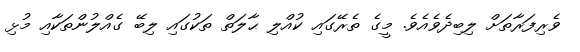
ވެރިފަރާތަށް ލިބިދެވެއެވެ. މީގެ ތެރޭގައި ކުއްލި ޙާލަތް ތަކުގައި ލިބޭ ގެއްލުންތަކާއި މުޅި